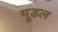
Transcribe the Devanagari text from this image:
मूडल